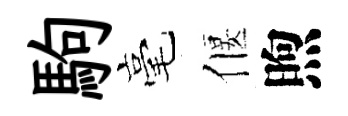
駒毫偃煦